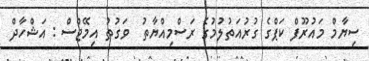
ސިޔާމް މައުރޫފް ކަޕްގެ ގުރުއަތުލުމުގެ ރަސްމިއްޔާތު  ވަގުތު އިމޭޖްސް : އަޝްހާދް